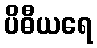
ပိဓီယရေ